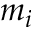
m _ { i }